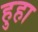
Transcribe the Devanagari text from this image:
हुहा